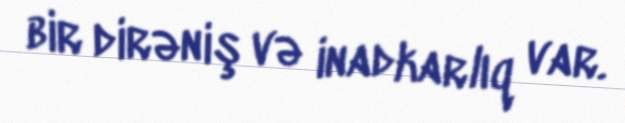
bir dirəniş və inadkarlıq var.